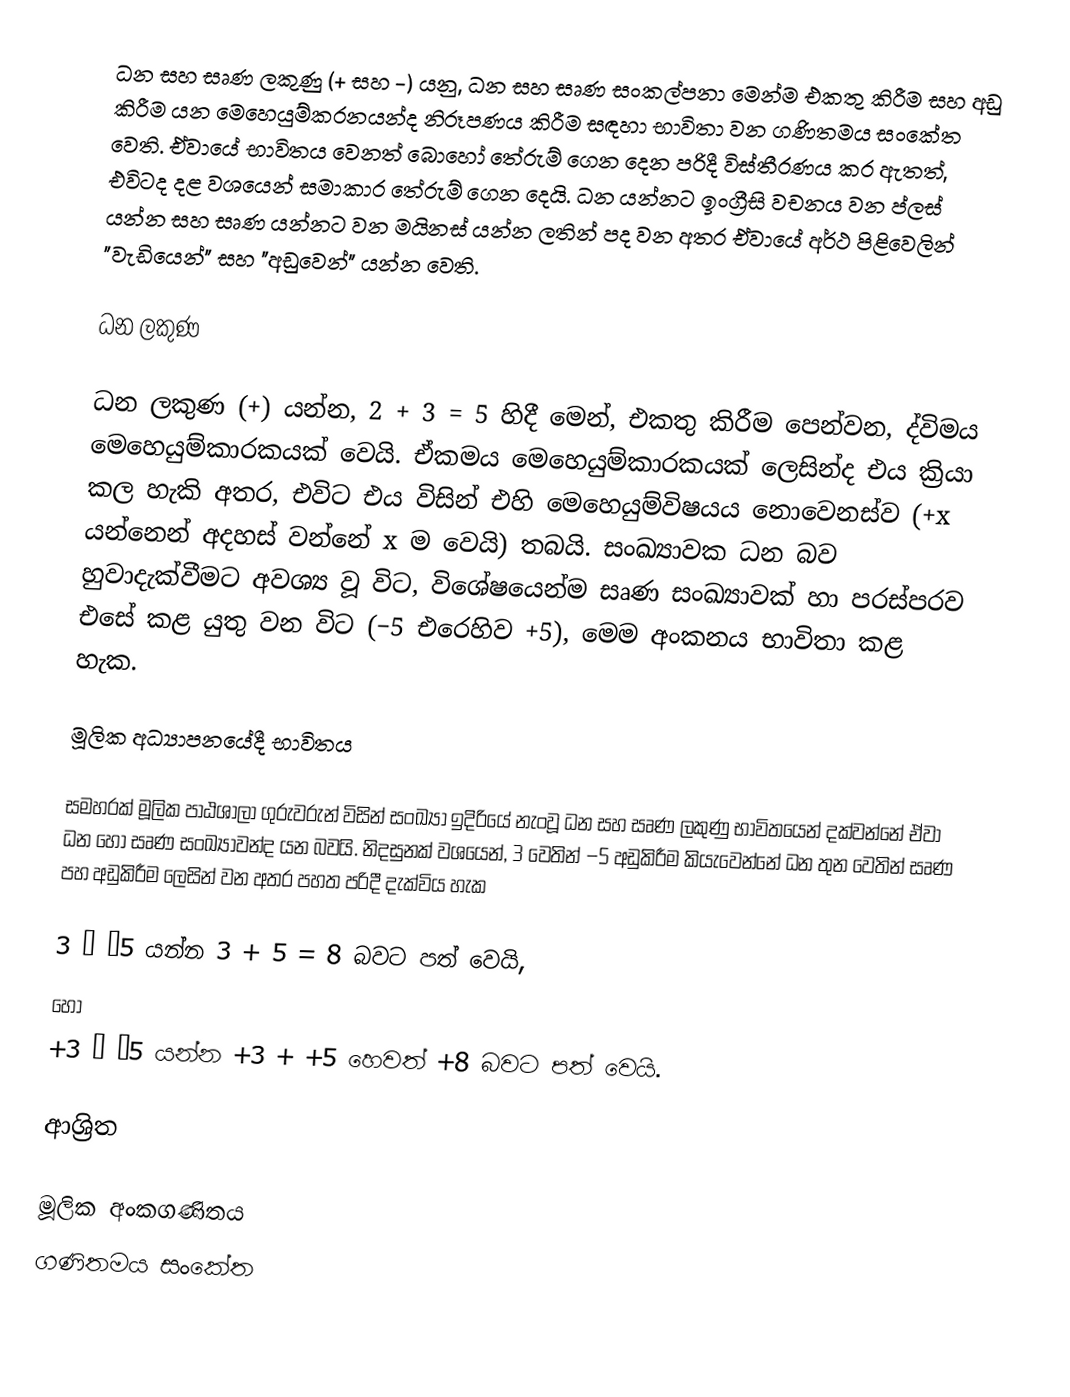
ධන සහ සෘණ ලකුණු (+ සහ  −) යනු,  ධන සහ සෘණ සංකල්පනා මෙන්ම  එකතු කිරීම සහ අඩු කිරීම යන මෙහෙයුම්කරනයන්ද නිරූපණය කිරීම සඳහා භාවිතා වන ගණිතමය සංකේත වෙති. ඒවායේ භාවිතය වෙනත් බොහෝ තේරුම් ගෙන දෙන පරිදී විස්තීරණය කර ඇතත්, එවිටද දළ වශයෙන් සමාකාර තේරුම් ගෙන දෙයි. ධන යන්නට ඉංග්‍රීසි වචනය වන ප්ලස් යන්න සහ  සෘණ යන්නට වන මයිනස් යන්න ලතින් පද වන අතර ඒවායේ අර්ථ පිළිවෙලින්  "වැඩියෙන්" සහ  "අඩුවෙන්" යන්න වෙති.

ධන ලකුණ

ධන ලකුණ (+) යන්න,  2 + 3 = 5 හිදී මෙන්, එකතු කිරීම පෙන්වන, ද්විමය මෙහෙයුම්කාරකයක් වෙයි. ඒකමය මෙහෙයුම්කාරකයක් ලෙසින්ද එය ක්‍රියා කල හැකි අතර, එවිට එය විසින් එහි මෙහෙයුම්විෂයය නොවෙනස්ව (+x යන්නෙන් අදහස් වන්නේ x ම වෙයි) තබයි. සංඛ්‍යාවක ධන බව හුවාදැක්වීමට අවශ්‍ය වූ විට, විශේෂයෙන්ම සෘණ සංඛ්‍යාවක් හා පරස්පරව එසේ කළ යුතු වන විට (−5 එරෙහිව +5), මෙම අංකනය භාවිතා කළ හැක.

මූලික අධ්‍යාපනයේදී භාවිතය

සමහරක් මූලික පාඨශාලා ගුරුවරුන් විසින් සංඛ්‍යා ඉදිරියේ නැංවූ ධන සහ සෘණ ලකුණු භාවිතයෙන් දක්වන්නේ ඒවා ධන හෝ සෘණ සංඛ්‍යාවන්ද යන බවයි.  නිදසුනක් වශයෙන්,  3 වෙතින් −5 අඩුකිරීම කියැවෙන්නේ ධන තුන වෙතින්  සෘණ පහ අඩුකිරීම ලෙසින් වන අතර පහත පරිදී දැක්විය හැක

3 − −5 යන්න 3 + 5 = 8 බවට පත් වෙයි,
හෝ
+3 − −5 යන්න +3 + +5 හෙවත් +8 බවට පත් වෙයි.

ආශ්‍රිත

මූලික අංකගණිතය
ගණිතමය සංකේත